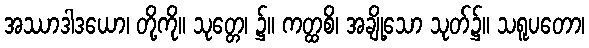
အဿာဒါဒယော၊ တို့ကို။ သုတ္တေ၊ ၌။ ကတ္ထစိ၊ အချို့သော သုတ်၌။ သရူပတော၊